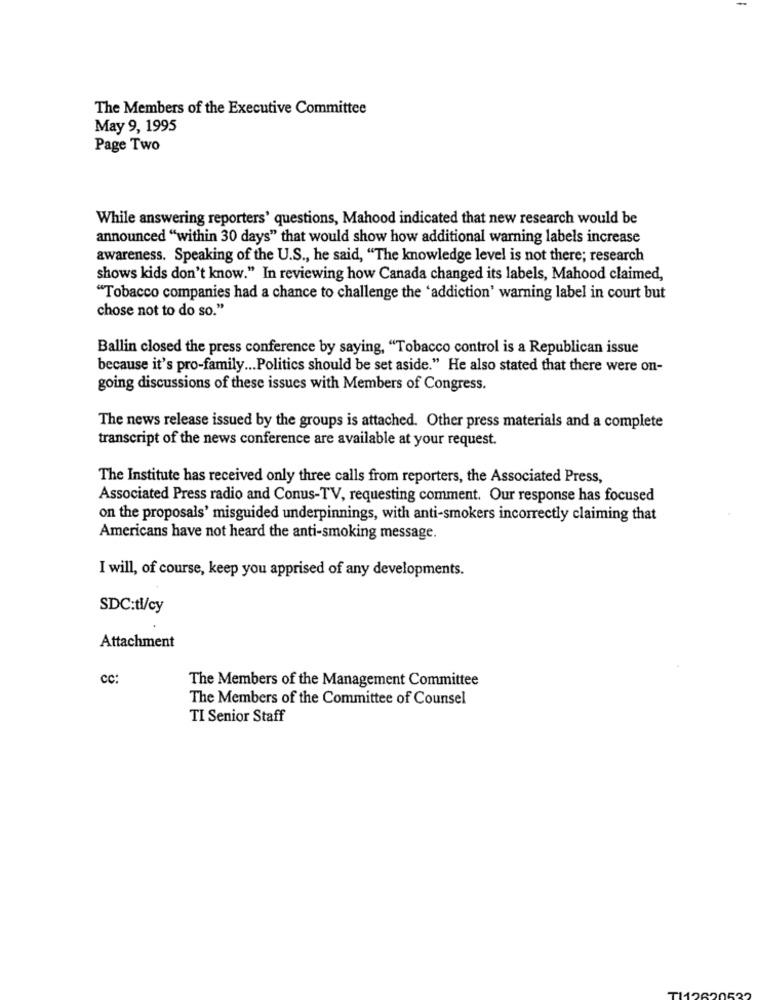
The Members of the Executive Committee
May 9, 1995
Page Two
While answering reporters' questions, Mahood indicated that new research would be
announced "within 30 days" that would show how additional warning labels increase
awareness. Speaking of the U.S ., he said, "The knowledge level is not there; research
shows kids don't know." In reviewing how Canada changed its labels, Mahood claimed,
"Tobacco companies had a chance to challenge the 'addiction' warning label in court but
chose not to do so."
Ballin closed the press conference by saying, "Tobacco control is a Republican issue
because it's pro-family ... Politics should be set aside." He also stated that there were on-
going discussions of these issues with Members of Congress.
The news release issued by the groups is attached. Other press materials and a complete
transcript of the news conference are available at your request.
The Institute has received only three calls from reporters, the Associated Press,
Associated Press radio and Conus-TV, requesting comment. Our response has focused
on the proposals' misguided underpinnings, with anti-smokers incorrectly claiming that
Americans have not heard the anti-smoking message.
I will, of course, keep you apprised of any developments.
SDC:tl/cy
Attachment
cc:
The Members of the Management Committee
The Members of the Committee of Counsel
TI Senior Staff